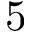
5